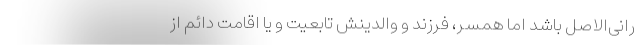
رانی‌الاصل باشد اما همسر، فرزند و والدینش تابعیت و یا اقامت دائم از